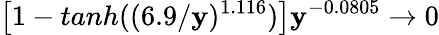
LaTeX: \left[1-tanh((6.9/\mathbf{y})^{1.116})\right]\mathbf{y}^{-0.0805}\rightarrow0